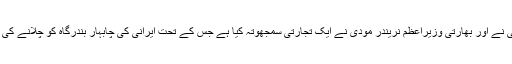
اپنے دروہٴ بھارت کے دوران ایران کے صدر حسن روحانی نے اور بھارتی وزیراعظم نریندر مودی نے ایک تجارتی سمجھوتہ کیا ہے جس کے تحت ایرانی کی چابہار بندرگاہ کو چلانے کی زیادہ ترعملی ذمہ داریاں 18 ماہ تک بھارت انجام دے گا۔